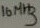
Text: 16MHz